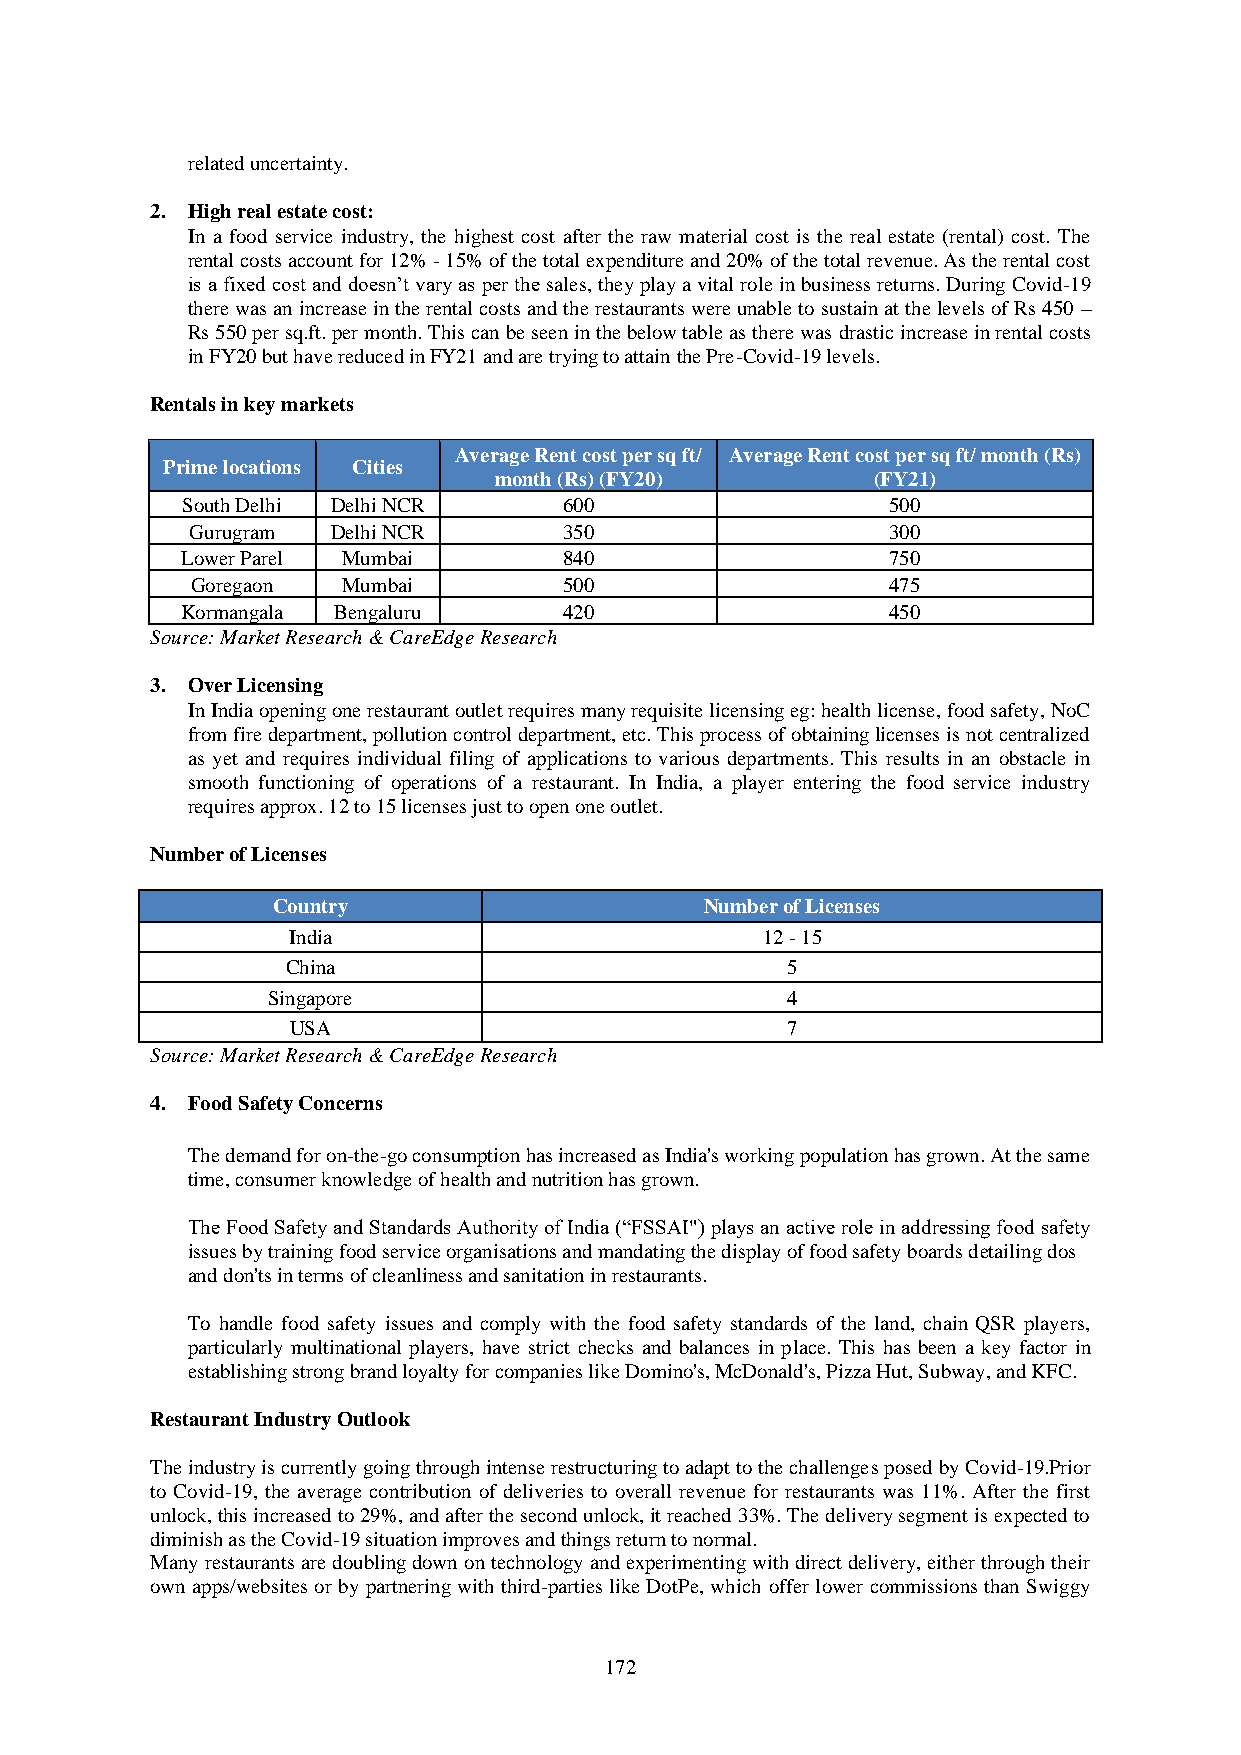
related uncertainty.
 2. High real estate cost:
 In a food service industry, the highest cost after the raw material cost is the real estate (rental) cost. The
 rental costs account for 12% - 15% of the total expenditure and 20% of the total revenue. As the rental cost
 is a fixed cost and doesn’t vary as per the sales, they play a vital role in business returns. During Covid-19
 there was an increase in the rental costs and the restaurants were unable to sustain at the levels of Rs 450 –
 Rs 550 per sq.ft. per month. This can be seen in the below table as there was drastic increase in rental costs
 in FY20 but have reduced in FY21 and are trying to attain the Pre-Covid-19 levels.
 Rentals in key markets
 Average Rent cost per sq ft/ Average Rent cost per sq ft/ month (Rs)
 Prime locations Cities
 month (Rs) (FY20)        (FY21)
 South Delhi Delhi NCR    600                   500
 Gurugram Delhi NCR      350                   300
 Lower Parel Mumbai       840                   750
 Goregaon  Mumbai        500                   475
 Kormangala Bengaluru     420                   450
 Source: Market Research & CareEdge Research
 3. Over Licensing
 In India opening one restaurant outlet requires many requisite licensing eg: health license, food safety, NoC
 from fire department, pollution control department, etc. This process of obtaining licenses is not centralized
 as yet and requires individual filing of applications to various departments. This results in an obstacle in
 smooth functioning of operations of a restaurant. In India, a player entering the food service industry
 requires approx. 12 to 15 licenses just to open one outlet.
 Number of Licenses
 Country                      Number of Licenses
 India                          12 - 15
 China                            5
 Singapore                         4
 USA                              7
 Source: Market Research & CareEdge Research
 4. Food Safety Concerns
 The demand for on-the-go consumption has increased as India's working population has grown. At the same
 time, consumer knowledge of health and nutrition has grown.
 The Food Safety and Standards Authority of India (“FSSAI") plays an active role in addressing food safety
 issues by training food service organisations and mandating the display of food safety boards detailing dos
 and don'ts in terms of cleanliness and sanitation in restaurants.
 To handle food safety issues and comply with the food safety standards of the land, chain QSR players,
 particularly multinational players, have strict checks and balances in place. This has been a key factor in
 establishing strong brand loyalty for companies like Domino's, McDonald's, Pizza Hut, Subway, and KFC.
 Restaurant Industry Outlook
 The industry is currently going through intense restructuring to adapt to the challenges posed by Covid-19.Prior
 to Covid-19, the average contribution of deliveries to overall revenue for restaurants was 11%. After the first
 unlock, this increased to 29%, and after the second unlock, it reached 33%. The delivery segment is expected to
 diminish as the Covid-19 situation improves and things return to normal.
 Many restaurants are doubling down on technology and experimenting with direct delivery, either through their
 own apps/websites or by partnering with third-parties like DotPe, which offer lower commissions than Swiggy
 172